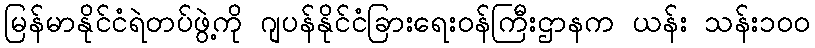
မြန်မာနိုင်ငံရဲတပ်ဖွဲ့ကို ဂျပန်နိုင်ငံခြားရေးဝန်ကြီးဌာနက ယန်း သန်း၁၀၀